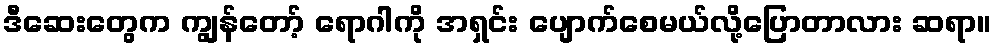
ဒီဆေးတွေက ကျွန်တော့် ရောဂါကို အရှင်း ပျောက်စေမယ်လို့ပြောတာလား ဆရာ။